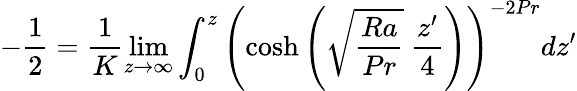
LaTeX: -\frac{1}{2}=\frac{1}{K}\operatorname*{lim}_{z\to\infty}\int_{0}^{z}\left(\cosh{\left(\sqrt{\frac{Ra}{Pr}}\ \frac{z^{\prime}}{4}\right)}\right)^{-2Pr}dz^{\prime}